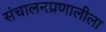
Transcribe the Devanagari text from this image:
संचालनप्रणालीला